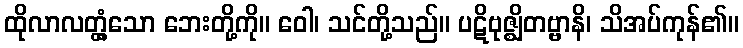
ထိုလာလတ္တံ့သော ဘေးတို့ကို။ ဝေါ၊ သင်တို့သည်။ ပဋိဗုဇ္ဈိတဗ္ဗာနိ၊ သိအပ်ကုန်၏။